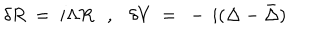
LaTeX: \delta R ~ = ~ i \Lambda R , \delta V ~ = ~ - \, i ( \Delta - \bar { \Delta } )